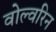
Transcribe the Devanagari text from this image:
वोल्वरिन